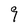
Character: 9